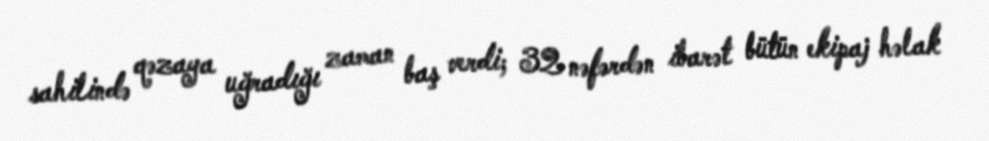
sahilində qəzaya uğradığı zaman baş verdi; 32 nəfərdən ibarət bütün ekipaj həlak